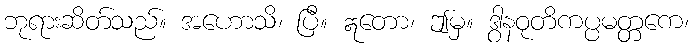
ဘုရားဆိတ်သည်။ အဟောသိ၊ ပြီ။ ဣတော၊ ဤမှ။ ဒွါနဝုတိကပ္ပမတ္တကေ၊